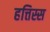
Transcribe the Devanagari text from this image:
हत्तिस्स